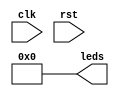
//------------------------------------------------------------------
//-- Hello world example for the iCE40-HX8K board
//-- 8 bit binary counter
//------------------------------------------------------------------


module binaryCounter #(parameter MAX_COUNT = 100)(
            output reg [7:0] leds = 0,
            input clk,
            input rst);

//max is 8 bits which is 255
localparam maxCountLED = 8'hFF;

reg [31:0] count = 0;
always @(posedge clk) begin
    if (leds !=  maxCountLED) begin
        count = count + 1;
        if (count == MAX_COUNT) begin
            leds = leds + 1;
            count = 0;
        end
    end
end

always @(negedge rst) begin
    count  = 0;
    leds = 0;
end

endmodule